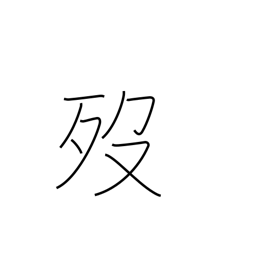
Meaning: die